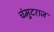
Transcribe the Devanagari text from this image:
चंमुदराज